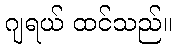
ဂျရယ် ထင်သည်။